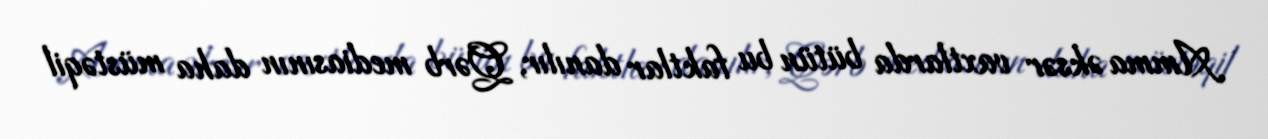
Amma əksər vaxtlarda bütün bu faktlar danılır, Qərb mediasının daha müstəqil